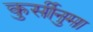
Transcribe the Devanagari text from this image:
कुर्सीनुमा